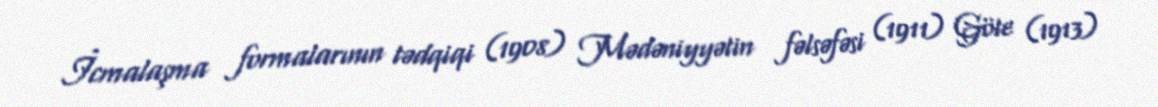
İcmalaşma formalarının tədqiqi (1908) Mədəniyyətin fəlsəfəsi (1911) Göte (1913)